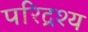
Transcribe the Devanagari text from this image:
परिद्रश्य